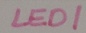
Text: LED1